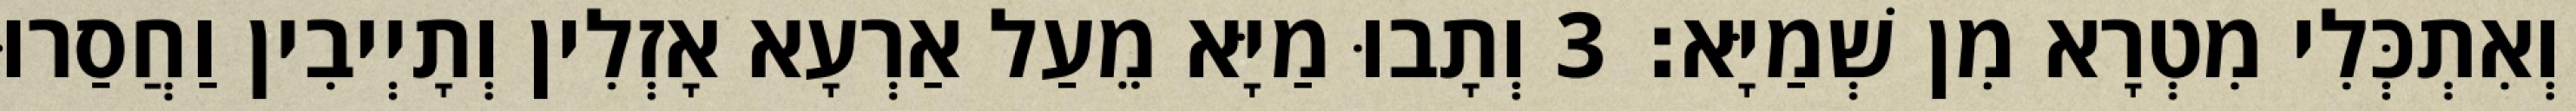
וְאִתְכְּלִי מִטְרָא מִן שְׁמַיָּא׃ 3 וְתָבוּ מַיָּא מֵעַל אַרְעָא אָזְלִין וְתָיְיבִין וַחֲסַרוּ